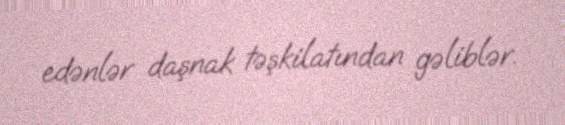
edənlər daşnak təşkilatından gəliblər.